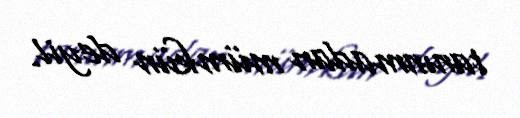
tanınmadan mümkün deyil.